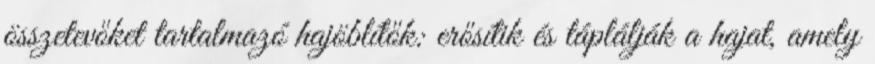
összetevőket tartalmazó hajöblítők: erősítik és táplálják a hajat, amely